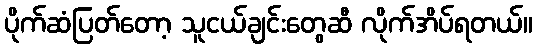
ပိုက်ဆံပြတ်တော့ သူငယ်ချင်းတွေဆီ လိုက်အိပ်ရတယ်။